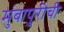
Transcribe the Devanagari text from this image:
मुंबापुरीची